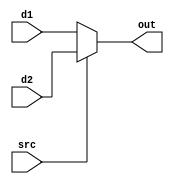
`timescale 1ns / 1ps
//////////////////////////////////////////////////////////////////////////////////
// Company: 
// Engineer: 
// 
// Design Name: 
// Module Name:    mux 
// Project Name: 
// Target Devices: 
// Tool versions: 
// Description: 
//
// Dependencies: 
//
// Revision: 
// Revision 0.01 - File Created
// Additional Comments: 
//
//////////////////////////////////////////////////////////////////////////////////
module mux2_5(        //521
    input [4:0] d1,   //
    input [4:0] d2,
    input src,		  //
    output [4:0] out  //
    );

	assign out = src?d2:d1;
endmodule

module mux4_32(		  //3241
    input [1:0] src,
    input [31:0] d1,
    input [31:0] d2,
	input [31:0] d3,
	input [31:0] d4,	
    output reg [31:0] out
    );

	always @(src, d1, d2, d3, d4)
      case (src)
         2'b00: out = d1;
         2'b01: out = d2;
         2'b10: out = d3;
         2'b11: out = d4;
      endcase
endmodule

module mux2_32(		  //3221
    input src,
    input [31:0] d1,
    input [31:0] d2,
    output [31:0] out
    );

	assign out = src?d2:d1;

endmodule